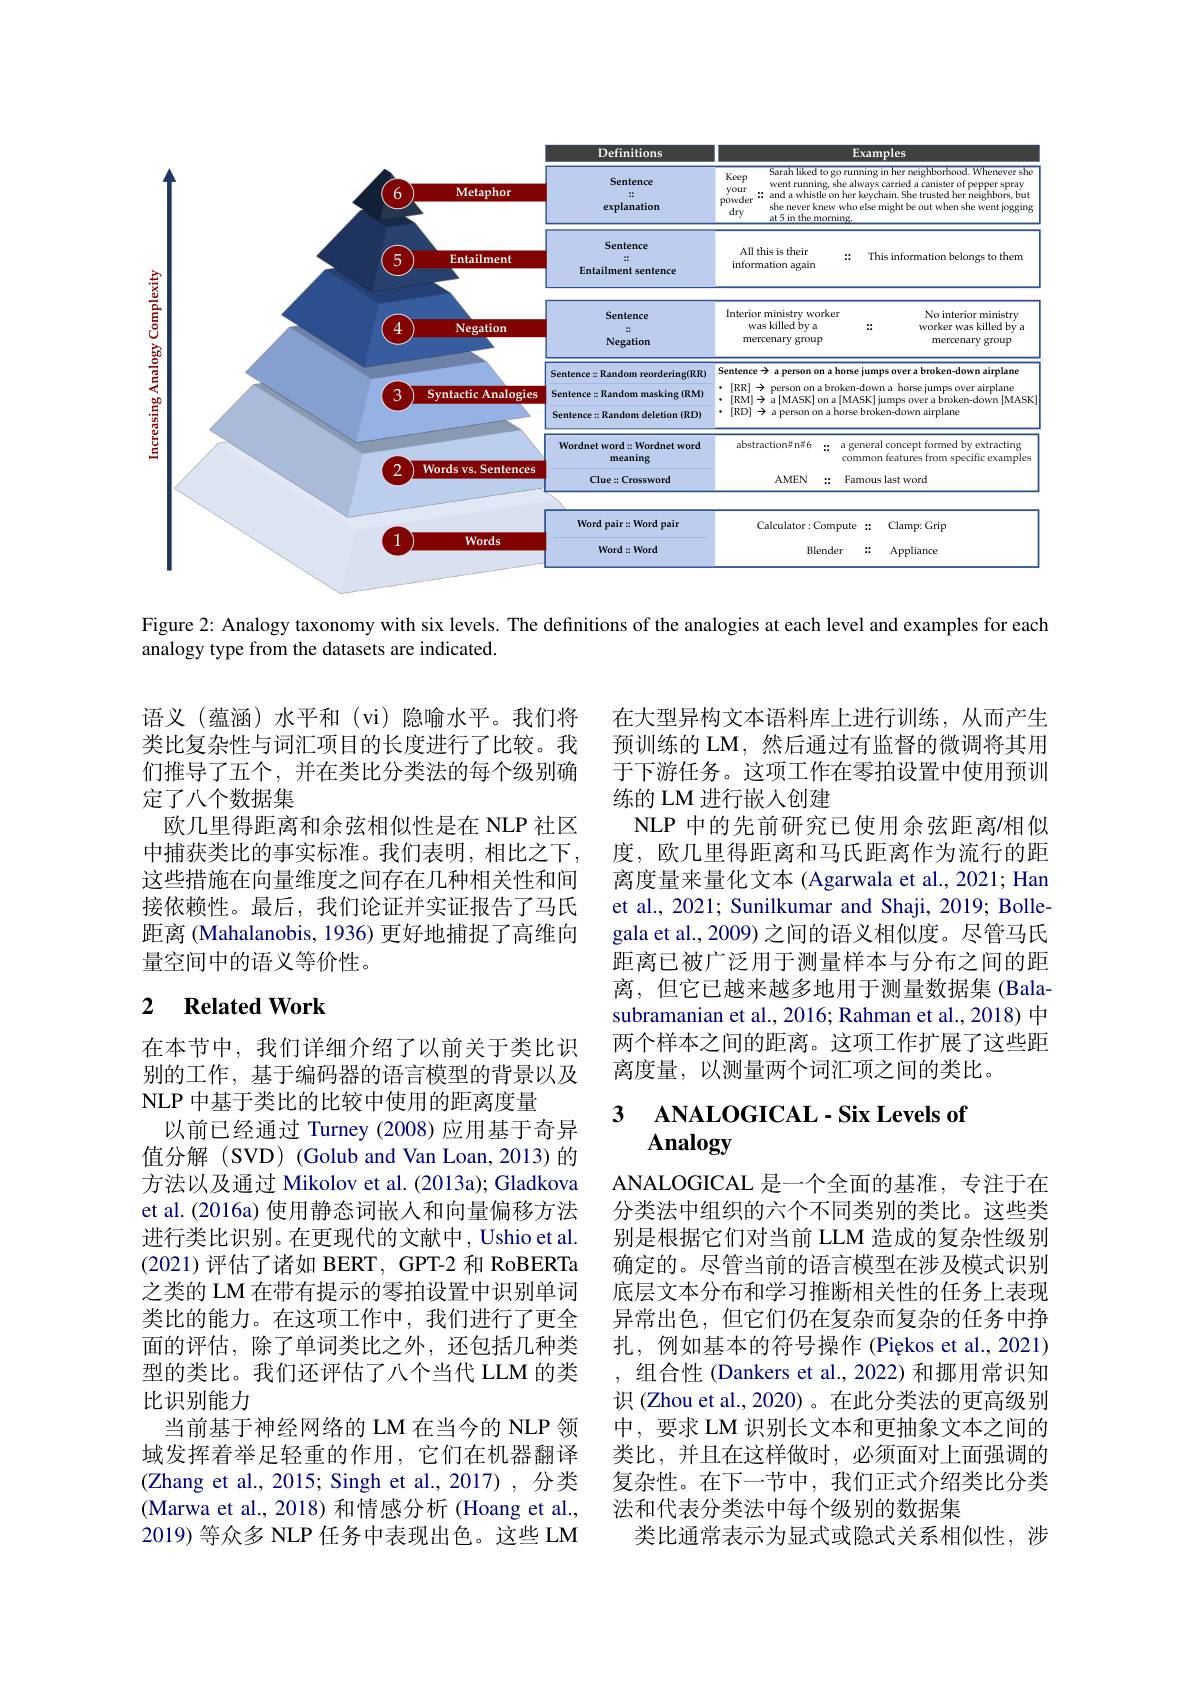
<FigureHere>

Figure 2: Analogy taxonomy with six levels. The definitions of the analogies at each level and examples for each
analogy type from the datasets are indicated.

语义(蕴涵)水平和(vi)隐喻水平。我们将类比复杂性与词汇项目的长度进行了比较。我们推导了五个，并在类比分类法的每个级别确定了八个数据集
欧几里得距离和余弦相似性是在 NLP 社区中捕获类比的事实标准。我们表明，相比之下， 这些措施在向量维度之间存在几种相关性和间接依赖性。最后，我们论证并实证报告了马氏距离 (Mahalanobis, 1936) 更好地捕捉了高维向量空间中的语义等价性。

在大型异构文本语料库上进行训练，从而产生预训练的 LM,然后通过有监督的微调将其用于下游任务。这项工作在零拍设置中使用预训练的 LM 进行嵌人创建
NLP 中的先前研究已使用余弦距离/相似度，欧几里得距离和马氏距离作为流行的距离度量来量化文本 (Agarwala et al., 2021; Han et al., 2021; Sunilkumar and Shaji, 2019; Bolle gala et al., 2009) 之间的语义相似度。尽管马氏距离已被广泛用于测量样本与分布之间的距离，但它已越来越多地用于测量数据集(Bala-1) subramanian et al., 2016; Rahman et al., 2018) 中两个样本之间的距离。这项工作扩展了这些距离度量，以测量两个词汇项之间的类比。

# 2 Related Work

### 3 $\mathbf{ANALOGICAL- Six~Levels~of}$ Analogy

在本节中，我们详细介绍了以前关于类比识别的工作，基于编码器的语言模型的背景以及NLP 中基于类比的比较中使用的距离度量
以前已经通过 Turney (2008) 应用基于奇异值分解 (SVD) (Golub and Van Loan, 2013)的方法以及通过 Mikolov et al. (2013a); Gladkova et al.(2016a) 使用静态词嵌入和向量偏移方法进行类比识别。在更现代的文献中，Ushio et al. (2021)评估了诸如 BERT, GPT-2 和 RoBERTa 之类的 LM 在带有提示的零拍设置中识别单词类比的能力。在这项工作中，我们进行了更全面的评估，除了单词类比之外，还包括几种类型的类比。我们还评估了八个当代 LLM 的类比识别能力
当前基于神经网络的 LM 在当今的 NLP 领域发挥着举足轻重的作用，它们在机器翻译(Zhang et al., 2015; Singh et al.,2017),分类(Marwa et al., 2018) 和情感分析 (Hoang et al., 2019) 等众多 NLP 任务中表现出色。这些 LM

ANALOGICAL 是一个全面的基准，专注于在分类法中组织的六个不同类别的类比。这些类别是根据它们对当前 LLM 造成的复杂性级别确定的。尽管当前的语言模型在涉及模式识别底层文本分布和学习推断相关性的任务上表现异常出色，但它们仍在复杂而复杂的任务中挣扎，例如基本的符号操作 (Piękos et al., 2021) 组合性 (Dankers et al., 2022) 和挪用常识知识 (Zhou et al., 2020)。在此分类法的更高级别中，要求 LM 识别长文本和更抽象文本之间的类比，并且在这样做时，必须面对上面强调的复杂性。在下一节中，我们正式介绍类比分类法和代表分类法中每个级别的数据集
类比通常表示为显式或隐式关系相似性，涉